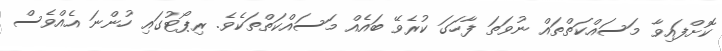
ކޮށްފައިވާ މަސައްކަތްތައް ނުވަތަ ފާހަގަ ކުރެވޭ ބައެއް މަސައްކަތްތަކެވެ. ރިޕޯޓުގައި ހުންނަ އެއްވެސް